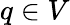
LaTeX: q\in V